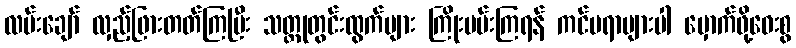
လမ်းချော် လှည့်ဖြားတတ်ကြပြီး သတ္တုတွင်းထွက်များ ကြိုးပမ်းကြရန် ကင်မရာများပါ မှောက်ဖို့ဝေးစွ